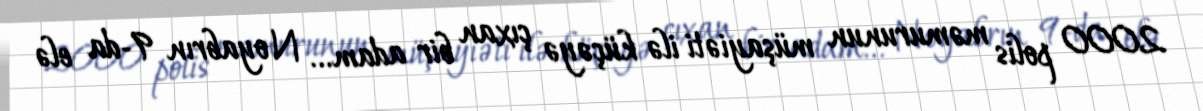
2000 polis məmurunun müşayiəti ilə küçəyə çıxan bir adam... Noyabrın 9-da elə